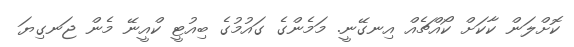
ކޮށްލަން ކާކަށް ކޯއްޗެއް އިނގޭނީ. މަމެންގެ ގައުމުގެ ބިއުޓީ ކްއީނޭ މެން ޖަނގިޔަ